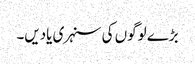
بڑے لوگوں کی سنہری یادیں۔